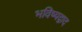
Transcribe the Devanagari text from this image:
भविष्यद्वाद